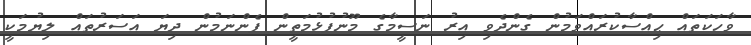
ވާހަކަތައް ޙިއްސާކުރައްވަމުން ގެންދެވި އިރު ނަސީމާގެ މޫނުފުޅުމަތީން ފެންނަމުން ދިޔަ އަސަރުތައް ލިޔުމަކީ